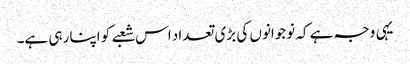
یہی وجہ ہے کہ نوجوانوں کی بڑی تعداد اس شعبے کو اپنا رہی ہے۔